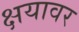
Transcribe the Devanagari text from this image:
क्षयावर